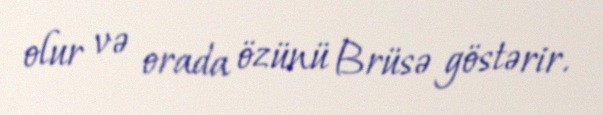
olur və orada özünü Brüsə göstərir.